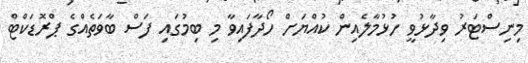
މިނިސްޓަރު ވިދާޅުވީ ހުޅުމާލެއިން ކުއްޔަށް ހޯދާފައިވާ މި ބިމުގައި ފަސް ބާވަތެއްގެ ޕްރޮޑަކްޓް